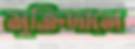
মুক্তিদানে